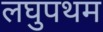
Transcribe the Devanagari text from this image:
लघुपथम